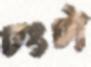
ঢংটা